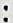
: